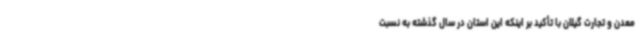
معدن و تجارت گیلان با تأکید بر اینکه این استان در سال گذشته به نسبت